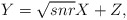
\begin{align*} Y=\sqrt{snr} X+Z,\end{align*}